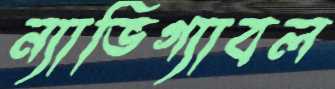
ন্যাভিগ্যাবল